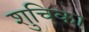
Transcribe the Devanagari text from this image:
शुचिका